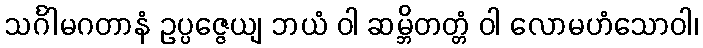
သင်္ဂါမဂတာနံ ဥပ္ပဇ္ဇေယျ ဘယံ ဝါ ဆမ္ဘိတတ္တံ ဝါ လောမဟံသောဝါ၊